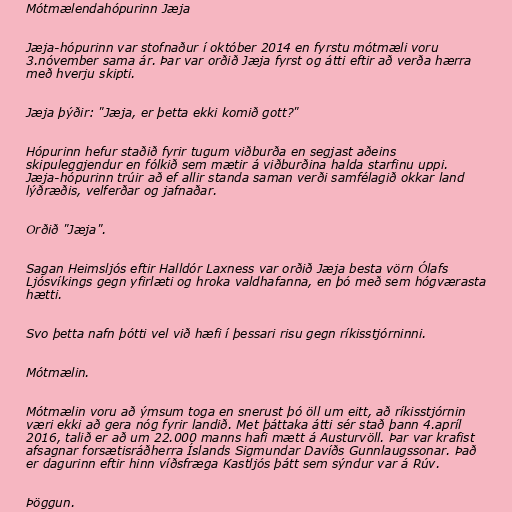
Mótmælendahópurinn Jæja

Jæja-hópurinn var stofnaður í október 2014 en fyrstu mótmæli voru
3.nóvember sama ár. Þar var orðið Jæja fyrst og átti eftir að verða hærra
með hverju skipti.

Jæja þýðir: "Jæja, er þetta ekki komið gott?"

Hópurinn hefur staðið fyrir tugum viðburða en segjast aðeins
skipuleggjendur en fólkið sem mætir á viðburðina halda starfinu uppi.
Jæja-hópurinn trúir að ef allir standa saman verði samfélagið okkar land
lýðræðis, velferðar og jafnaðar.

Orðið "Jæja".

Sagan Heimsljós eftir Halldór Laxness var orðið Jæja besta vörn Ólafs
Ljósvíkings gegn yfirlæti og hroka valdhafanna, en þó með sem hógværasta
hætti.

Svo þetta nafn þótti vel við hæfi í þessari risu gegn ríkisstjórninni.

Mótmælin.

Mótmælin voru að ýmsum toga en snerust þó öll um eitt, að ríkisstjórnin
væri ekki að gera nóg fyrir landið. Met þáttaka átti sér stað þann 4.apríl
2016, talið er að um 22.000 manns hafi mætt á Austurvöll. Þar var krafist
afsagnar forsætisráðherra Íslands Sigmundar Davíðs Gunnlaugssonar. Það
er dagurinn eftir hinn víðsfræga Kastljós þátt sem sýndur var á Rúv.

Þöggun.